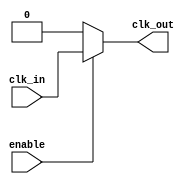
module clock_gating_cell (
    input wire clk_in,
    input wire enable,
    output wire clk_out
);
    assign clk_out = enable ? clk_in : 1'b0; // Clock gating logic
endmodule